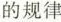
的规律